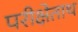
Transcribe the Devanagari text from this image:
परीक्षेताथ